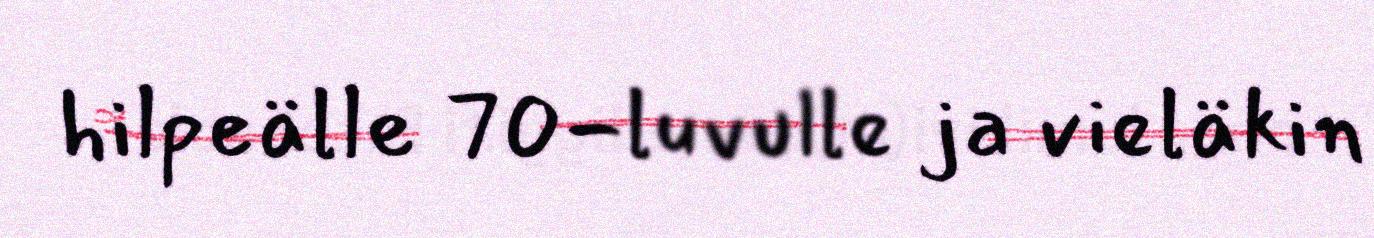
hilpeälle 70-luvulle ja vieläkin